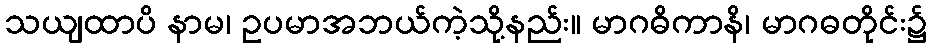
သယျထာပိ နာမ၊ ဥပမာအဘယ်ကဲ့သို့နည်း။ မာဂဓိကာနိ၊ မာဂဓတိုင်း၌